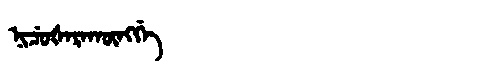
Manchu: ᠨᡳᠴᡠᡧᠠᡵᠠᡴᡡᠩᡤᡝ
Romanization: NICUŠARAKŪNGGE